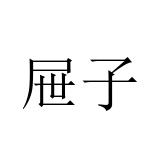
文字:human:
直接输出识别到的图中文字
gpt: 屉子